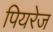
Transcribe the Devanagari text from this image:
पियरेज